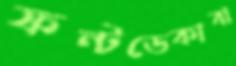
ফন্টডেকাবা